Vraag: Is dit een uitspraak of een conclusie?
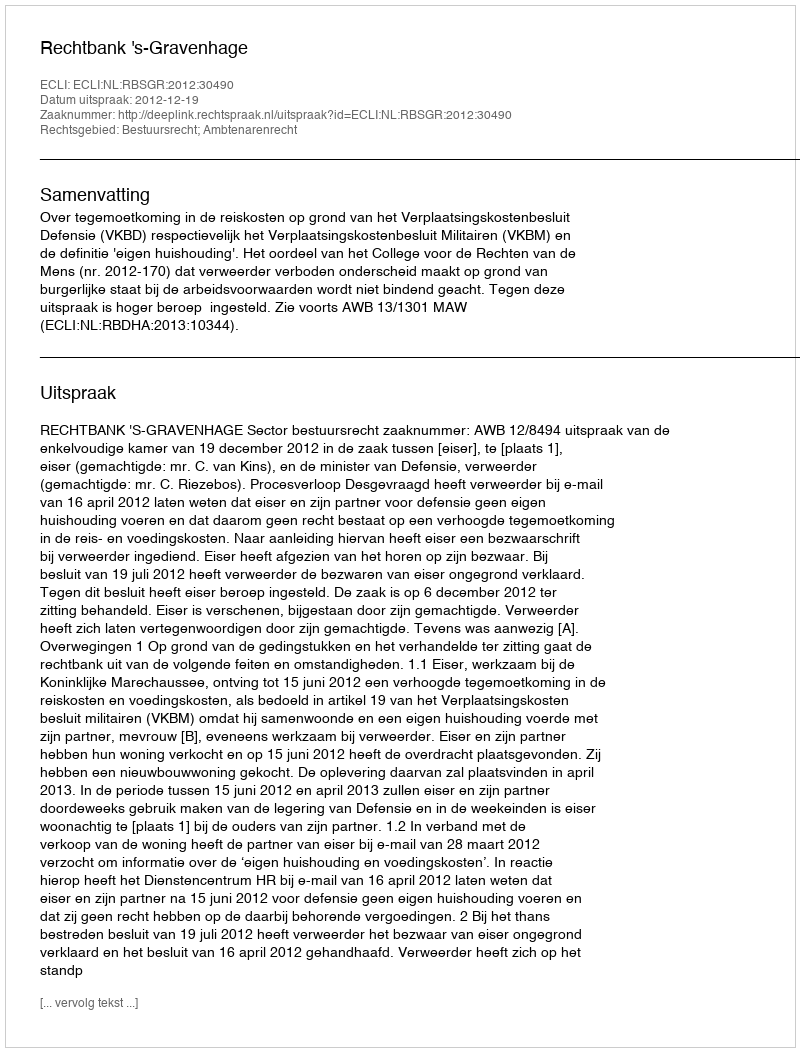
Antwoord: Uitspraak